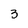
Character: 3